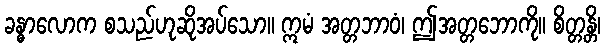
ခန္ဓာလောက စသည်ဟုဆိုအပ်သော။ ဣမံ အတ္တဘာဝံ၊ ဤအတ္တဘောကို။ စိတ္တန္တိ၊